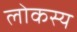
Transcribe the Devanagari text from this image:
लोकस्य